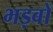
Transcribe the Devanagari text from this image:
भड़वों